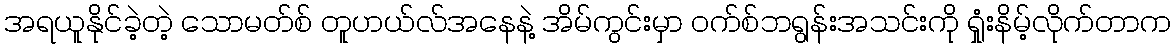
အရယူနိုင်ခဲ့တဲ့ သောမတ်စ် တူဟယ်လ်အနေနဲ့ အိမ်ကွင်းမှာ ဝက်စ်ဘရွန်းအသင်းကို ရှုံးနိမ့်လိုက်တာက